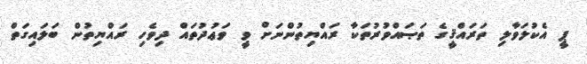
ޕީ އެކުލަވާލި ތަރައްޤީގެ ތަޞައްވުރުތަކާ ރައްޔިތުންނަށް ވީ ވަޢުދުތައް ދިވެހި ރައްޔިތުން ބަލައިގަތް